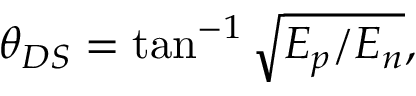
\theta _ { D S } = \tan ^ { - 1 } \sqrt { E _ { p } / E _ { n } } ,